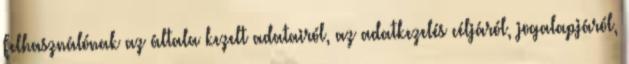
Felhasználónak az általa kezelt adatairól, az adatkezelés céljáról, jogalapjáról,